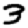
Digit: 3